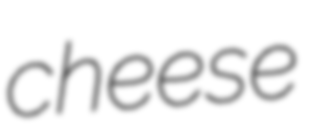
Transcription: cheese